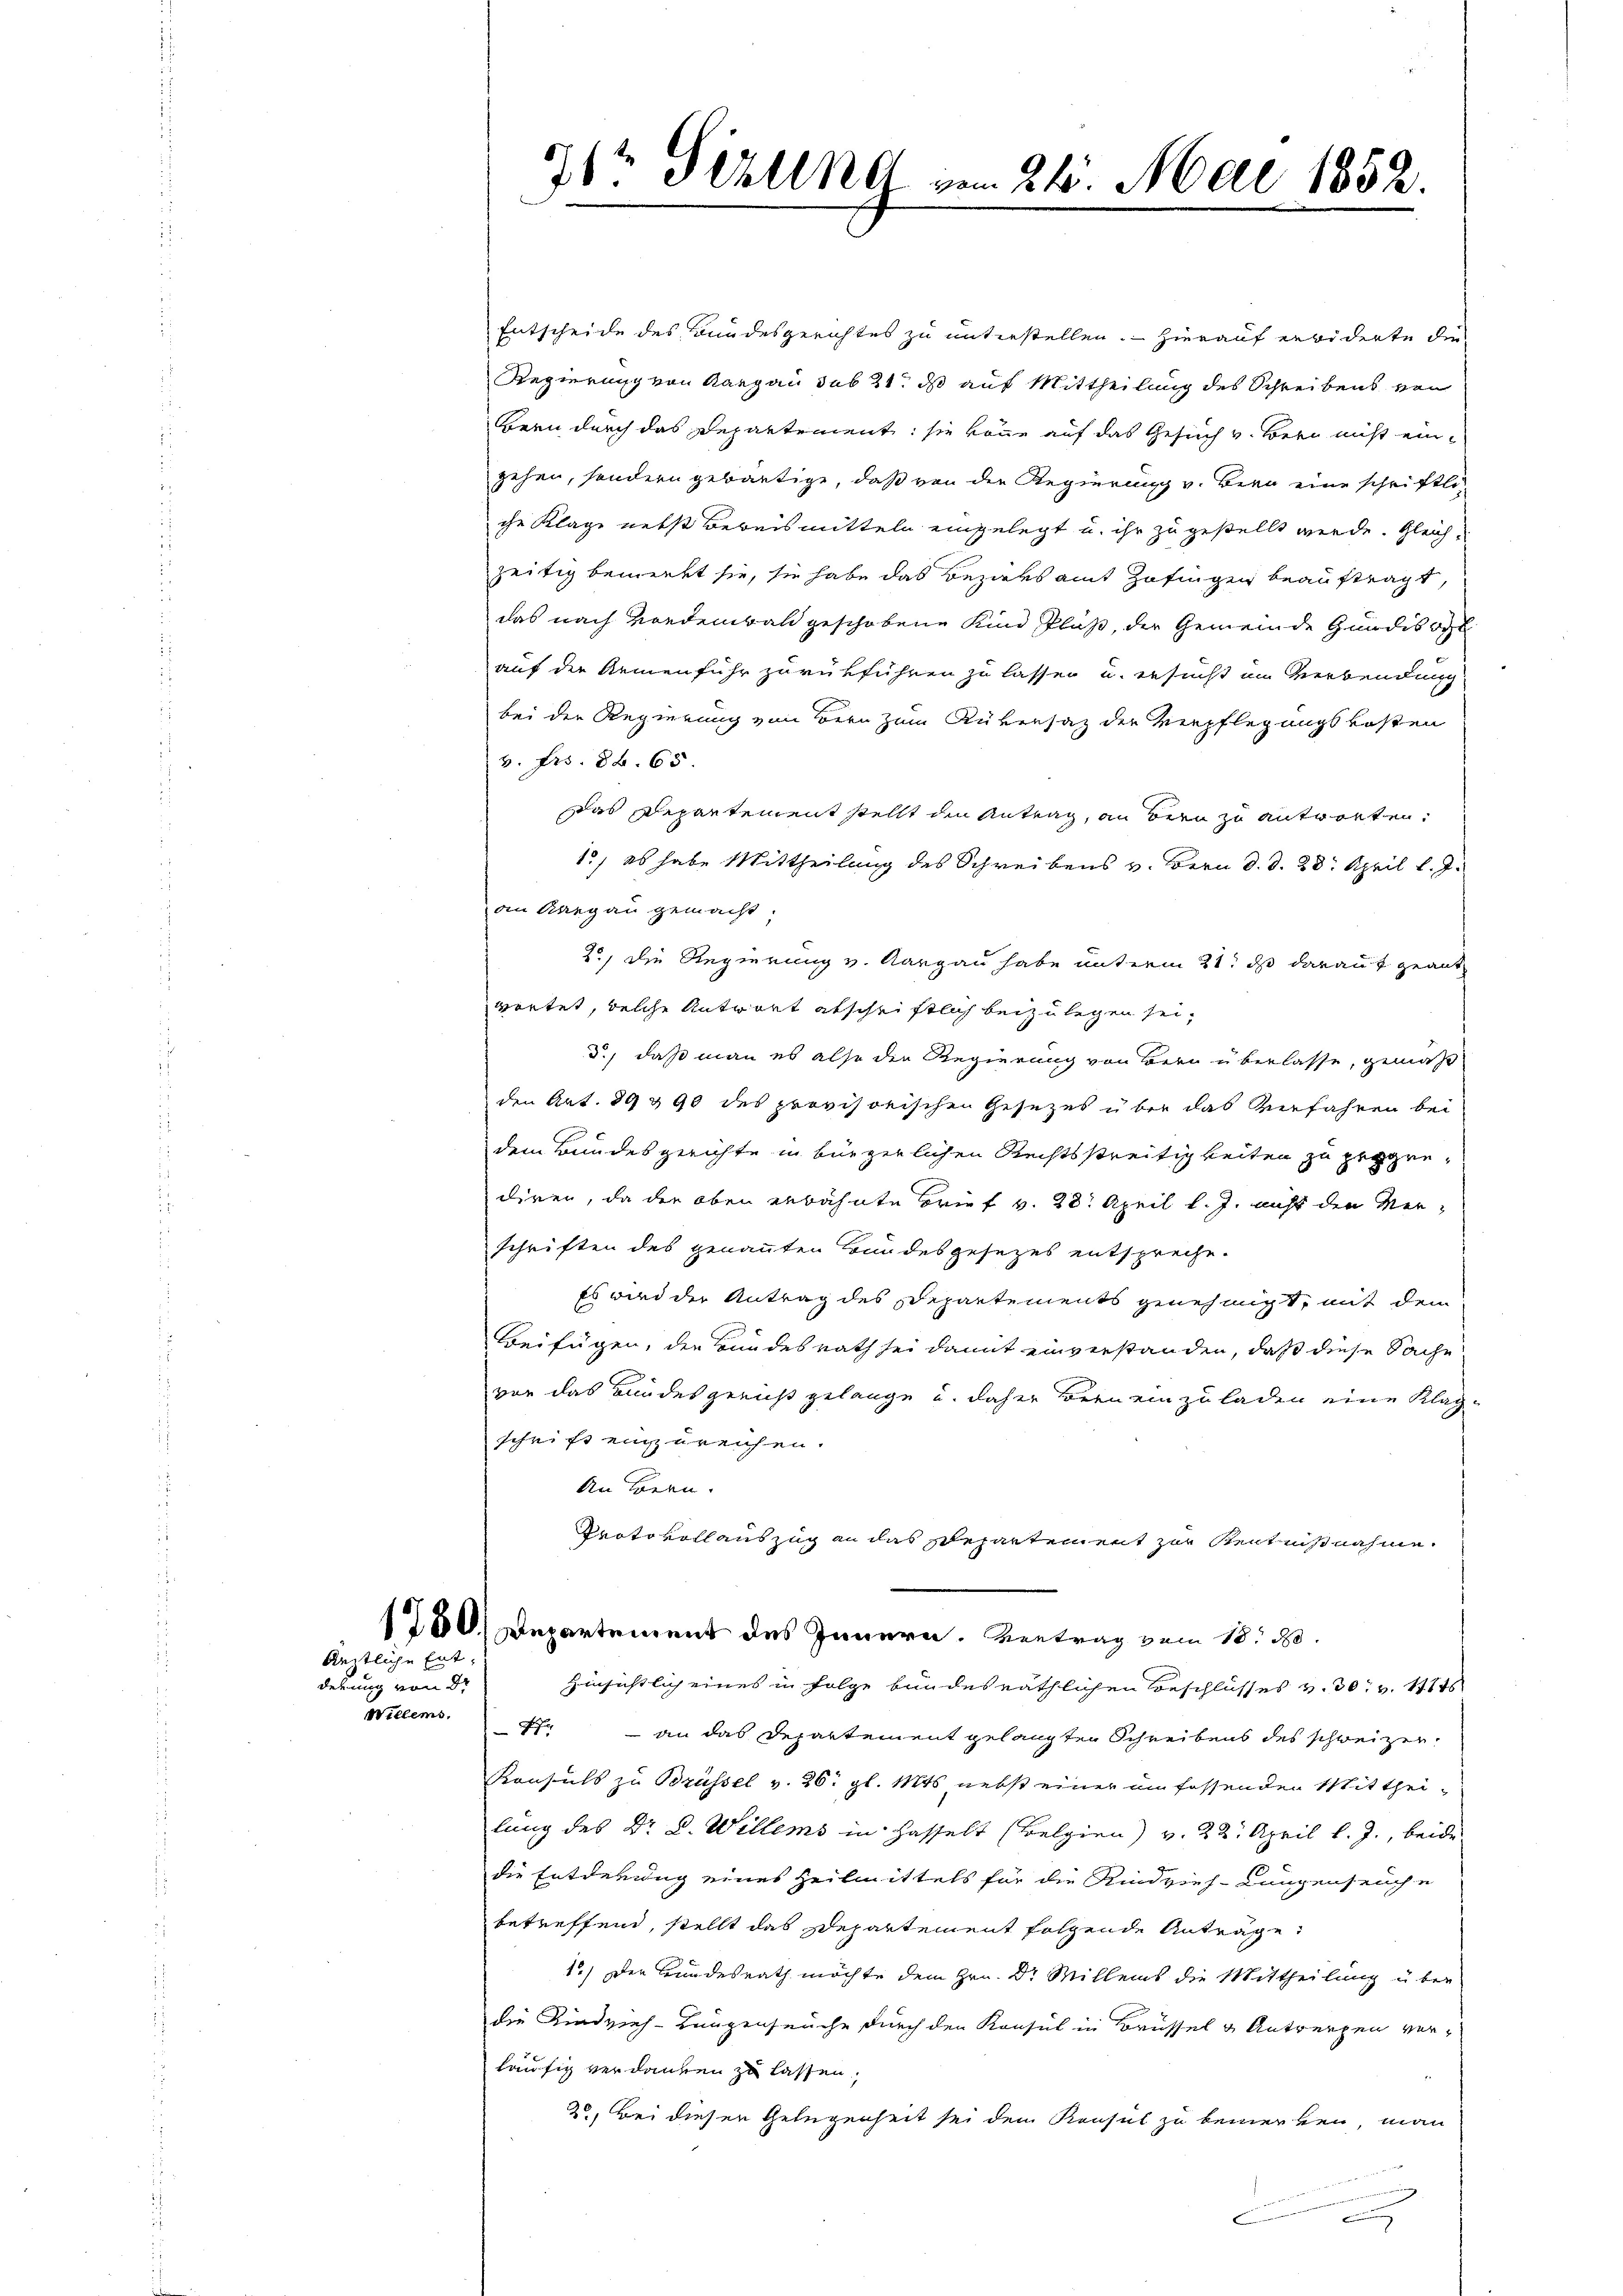
keitliche Ent
derung von dr
Willers,

Entscheide des Bundesgerichtes zu unterstellen. Hierauf erwiderte die
Regierung von Aargau sub 21. ds auf Mittheilung des Schreibens von
Bern durch das Departement: sie könne auf das Gesuch v. Bern nicht ein
gehen, sondern gebäutige, daß von die Regierung v. Bern eine schriftli
che Klage nebst Beweismitteln eingelegt u. ihr zu gestellt werde. Gleichzeitig bemerkt sie, sie habe das Bezirksamt Zofingen beauftragt,
das nach Vordembald geschobene Kind Pluß, der Gemeinde Guadisott
auf die Armenfuhr zurückführen zu lassen u. ersucht im Verbendung
bei der Regierung von Bern zum Rübersatz der Verpflegungskosten
v. Fr. 86. 65.
Das Departement stellt den Antrag, an Bern zu antworten.
10, es habe Mittheilung des Schreibens v. Bern d. d. 28. April l. J.
an Aargau gemacht.
2., die Regierung v. Aargau habe unterm 21t d darauf geantwortet, welche Antwort abschriftlich beizulegen sei,
d., daß man es also die Regierung von Bern überlasse, gemäß
den Art. 89 & 90 des provisorischen Gesezes über das Verfahren bei
dem Bundesgerichte in bürgerlichen Rechtsstreitigkeiten zu progrediren, da der oben erbahnte Brief v. 28. April l. J. nicht den Verschriften des genannten Bundesgesezes entspreche.
Es wird der Antrag des Departements genehmigt, mit dem
Beifügen, der Bundesrath sei damit einverstanden, daß diese Sache
vor das Bundesgericht gelange u. daher Bern einzuladen eine Klag-
schrift einzureichen.
An Bern.
Protokoll auszug an das Departement zur Kentnißnahme.
1750) Departement des Innern. Vertrag vom 18. 30.
Hinsichtlich eines in Folge bundesräthlichen Beschlusses v. 30. v. 1115
77 - an das Departement gelangten Schreibens des schweizer-
Konsuls zu Brüssel v. 26. gl. Mts. nebst einer umfassenden Mittheilung des Dr. C. Willems in Hasselt (Belgien) v. 22. April l. J., beide
die Entderung eines Heilmittels für die Rindvieh- Lungenseuche
betreffend, stellt das Departement folgende Anträge
1.) Der Bundesrath möchte dem Hrn. Dr. Millens die Mittheilung u. ber
die Rindvieh- Langenseuche durch den Konsul in Brüssel & Antwerfen ver-
läufig verdanken zu lassen,
20. Bei diesen Gelegenheit sei dem Konsul zu bemerken, man
.

71te Sekund vom 24. Mai 1852.